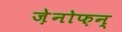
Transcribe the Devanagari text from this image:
ज़ेनोफ़न्